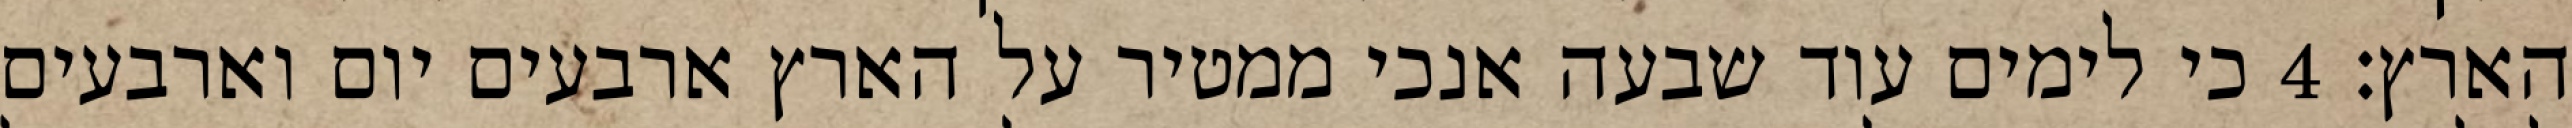
הארץ׃ ‎4‏ כי לימים עוד שבעה אנכי ממטיר על הארץ ארבעים יום וארבעים